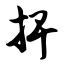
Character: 捭